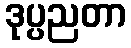
ဒုပ္ပညတာ